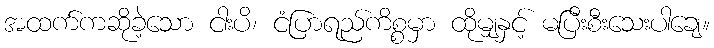
အထက်ကဆိုခဲ့သော ငါးပိ၊ ငံပြာရည်ကိစ္စမှာ ထိုမျှနှင့် မပြီးစီးသေးပါချေ။